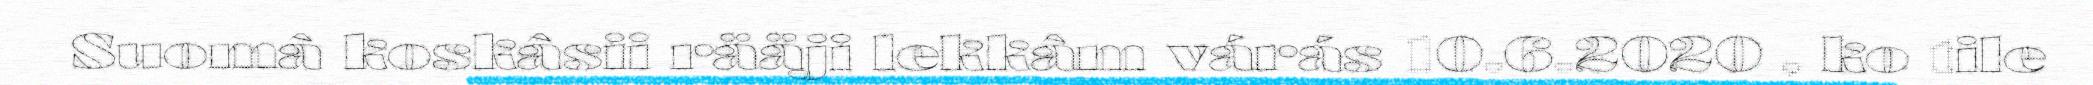
Suomâ koskâsii rääji lekkâm várás 10.6.2020 , ko tile